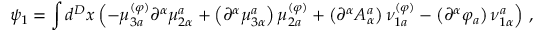
\psi _ { 1 } = \int d ^ { D } x \left( - \mu _ { 3 a } ^ { ( \varphi ) } \partial ^ { \alpha } \mu _ { 2 \alpha } ^ { a } + \left( \partial ^ { \alpha } \mu _ { 3 \alpha } ^ { a } \right) \mu _ { 2 a } ^ { ( \varphi ) } + \left( \partial ^ { \alpha } A _ { \alpha } ^ { a } \right) \nu _ { 1 a } ^ { ( \varphi ) } - \left( \partial ^ { \alpha } \varphi _ { a } \right) \nu _ { 1 \alpha } ^ { a } \right) \, ,